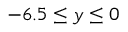
- 6 . 5 \leq y \leq 0